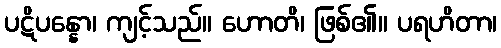
ပဋိပန္နော၊ ကျင့်သည်။ ဟောတိ၊ ဖြစ်၏။ ပရဟိတာ၊